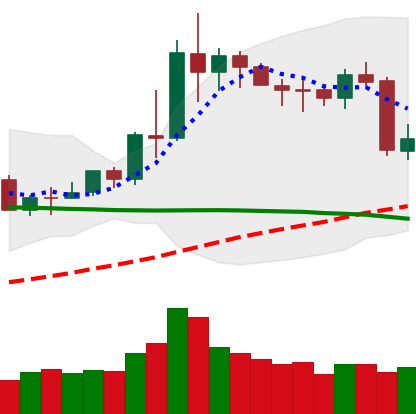
Ticker: NEO-USD
Chart end date: 2020-06-12
Forward return: -3.193%
Label: down_3_5